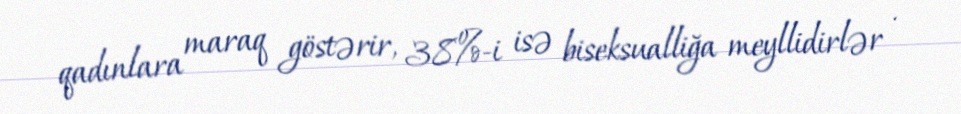
qadınlara maraq göstərir, 38%-i isə biseksualliğa meyllidirlər .